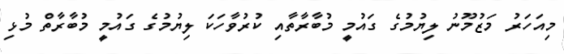
މިއަހަރު މަޒުމޫނު ލިޔުމުގެ ގައުމީ މުބާރާތާއި ކުރުވާހަކަ ލިޔުމުގެ ގައުމީ މުބާރާތް މުޅި